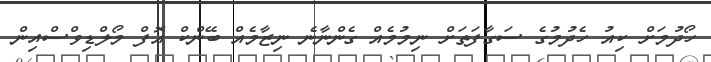
ހޯދުމަށް ކިއު ހެދުމުގެ ސަގާފަތަށް ނިމުމެއް ގެންނާނެ ނިޒާމެއް ބޭންކް އޮފް މޯލްޑިވްސްއިން